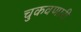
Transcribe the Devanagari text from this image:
चुकवणारी